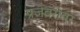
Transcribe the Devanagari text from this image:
प्रज्ञेबरोबर